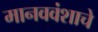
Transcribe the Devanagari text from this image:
मानववंशाचे